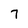
Character: 7